Statistical return of the lunatic asylum in Assam - 1912-1932
Year: 1912
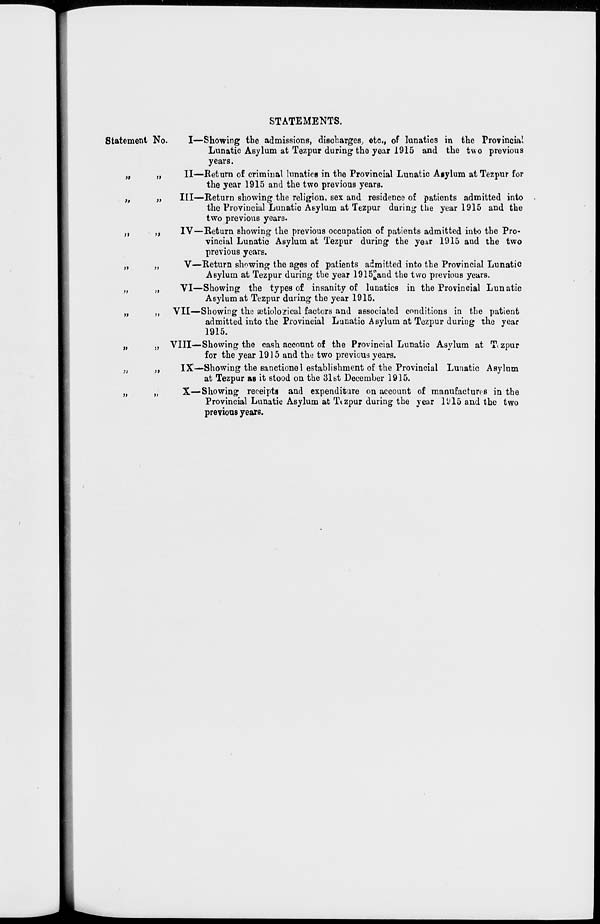
STATEMENTS.
Statement No.
»
»
>i
>>
»
J»
»
»
;>
5>
>»
>»
j>
>i
ii
I—Showing the admissions, discharges, etc., of lunatics in the Provincial
Lunatic Asylum at Tezpur during the year 1915 and the two previous
years.
II—Return of criminal lunatics in the Provincial Lunatic Asylum at Tezpur for
the year 1915 and the two previous years.
Ill—Return showing the religion, sex and residence of patients admitted into
the Provincial Lunatio Asylum at Tezpur during the year 1915 and the
two previous years.
IV—Return showing the previous occupation of patients admitted into the Pro-
vincial Lunatic Asylum at Tezpur during the ye;*r 1915 and the two
previous years.
V—Return showing the ages of patients admitted into the Provincial Lunatic
Asylum at Tezpur during the year 1915*and the two previous years.
VI—Showing the types of insanity of lunatics in the Provincial Lunatic
Asylum at Tezpur during the year 1915.
VII—Showing tho setiolo?ical factors and associated conditions in the patient
admitted into the Provincial Lunatic Asylum at Tezpur duriug the year
1915.
VIII—Showing the cash account of the Provincial Lunatic Asylum at Ttzpur
for the year 1915 and the two previous years.
IX—Showing the sanctionel establishment of the Provincial Lunatic Asylum
at Tezpur as it stood on the 31st December 1915.
X—Showing receipts and expenditure on account of manufactures in the
Provincial Lunatio Asylum at Tt zpur during the year 1U15 and the two
previous years.